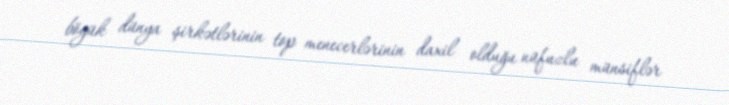
böyük dünya şirkətlərinin top menecerlərinin daxil olduğu nüfuzlu münsiflər